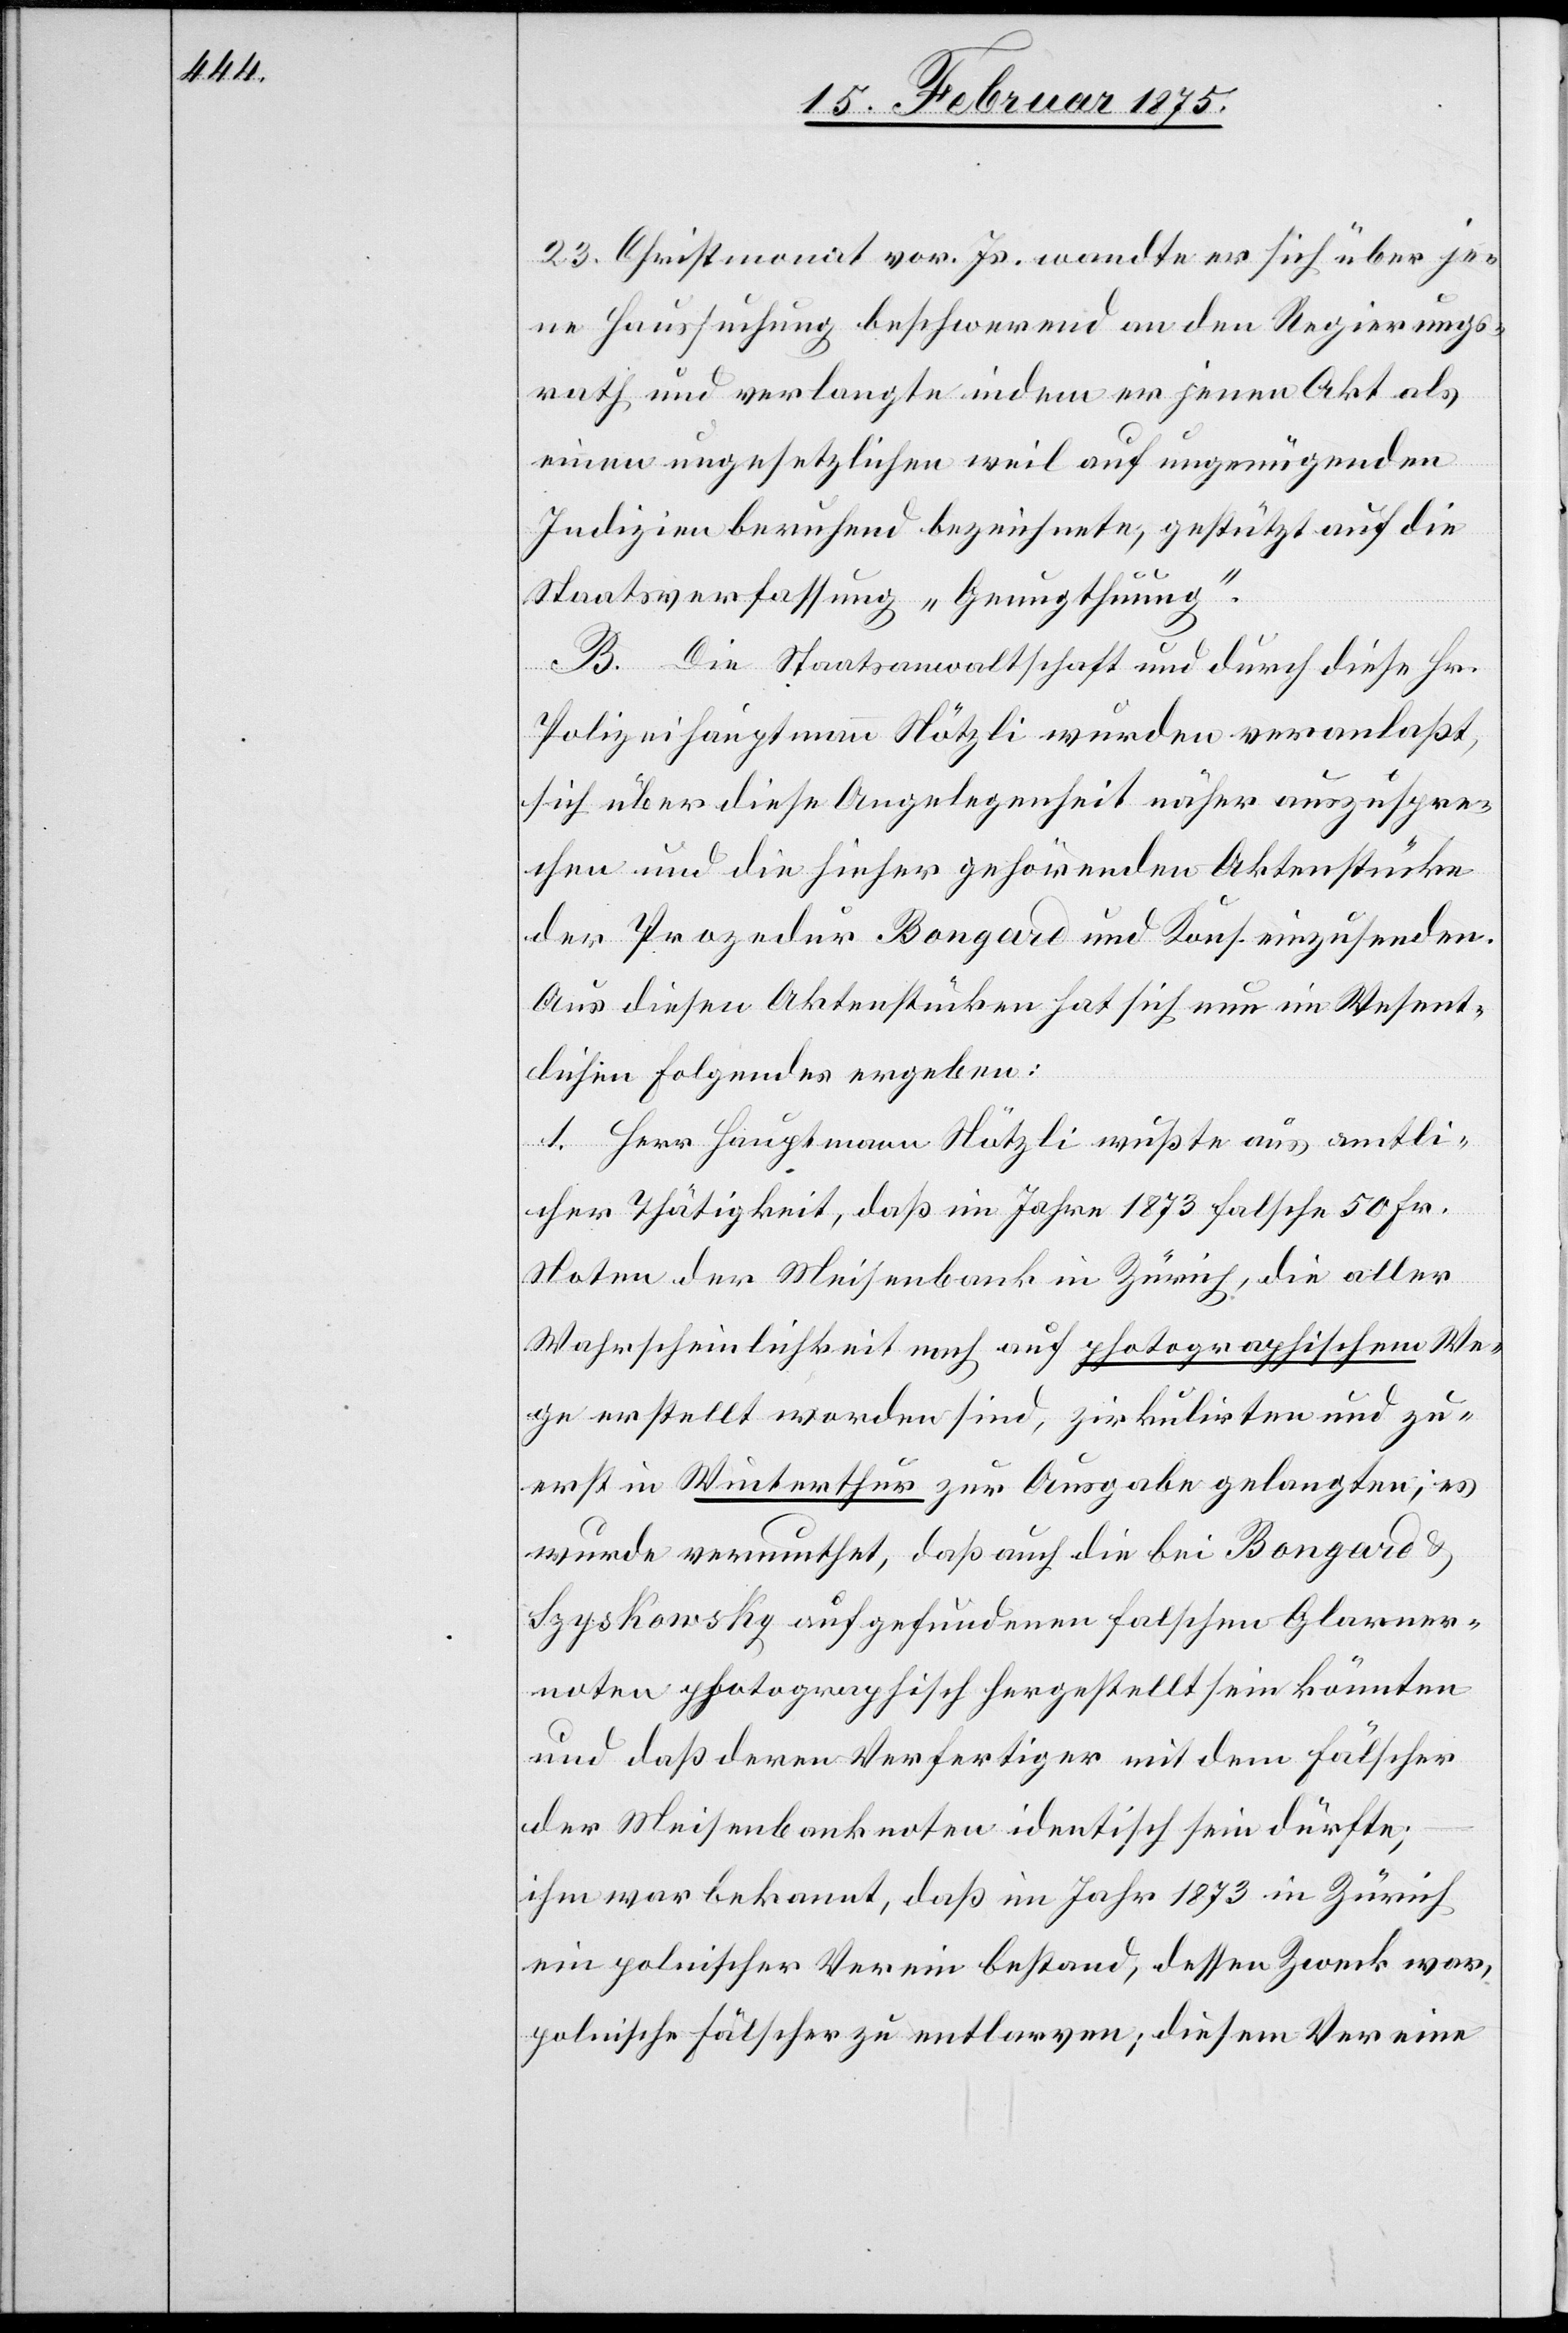
23. Christmonat vor. Js. wandte er sich über je¬
ne Haussuchung beschwerend an den Regierungs¬
rath und verlangte indem er jenen Akt als
einen ungesetzlichen weil auf ungenügenden
Indizien beruhend bezeichnete, gestützt auf die
Staatsverfassung „Genugthuung“.
B. Die Staatsanwaltschaft und durch diese Hr.
Polizeihauptmann Nötzli wurden veranlaßt,
sich über diese Angelegenheit näher auszuspre¬
chen und die hieher gehörenden Aktenstücke
der Prozedur Bongard und Kons. einzusenden.
Aus diesen Aktenstücken hat sich nun im Wesent¬
lichen Folgendes ergeben:
1. Herr Hauptmann Nötzli wußte aus amtli¬
cher Thätigkeit, daß im Jahre 1873 falsche 50 Fr.
Noten der Meisenbank in Zürich, die aller
Wahrscheinlichkeit nach auf photographischem We¬
ge erstellt worden sind, zirkulirten und zu¬
erst in Winterthur zur Ausgabe gelangten, es
wurde vermuthet, daß auch die bei Bongard &
Szyskowsky aufgefundenen falschen Glarner¬
noten photographisch hergestellt sein könnten
und daß deren Verfertiger mit dem Fälscher
der Meisenbanknoten identisch sein dürfte;
ihm war bekannt, daß im Jahr 1873 in Zürich
ein polnischer Verein bestand, dessen Zweck war,
polnische Fälscher zu entlarven; diesem Vereine